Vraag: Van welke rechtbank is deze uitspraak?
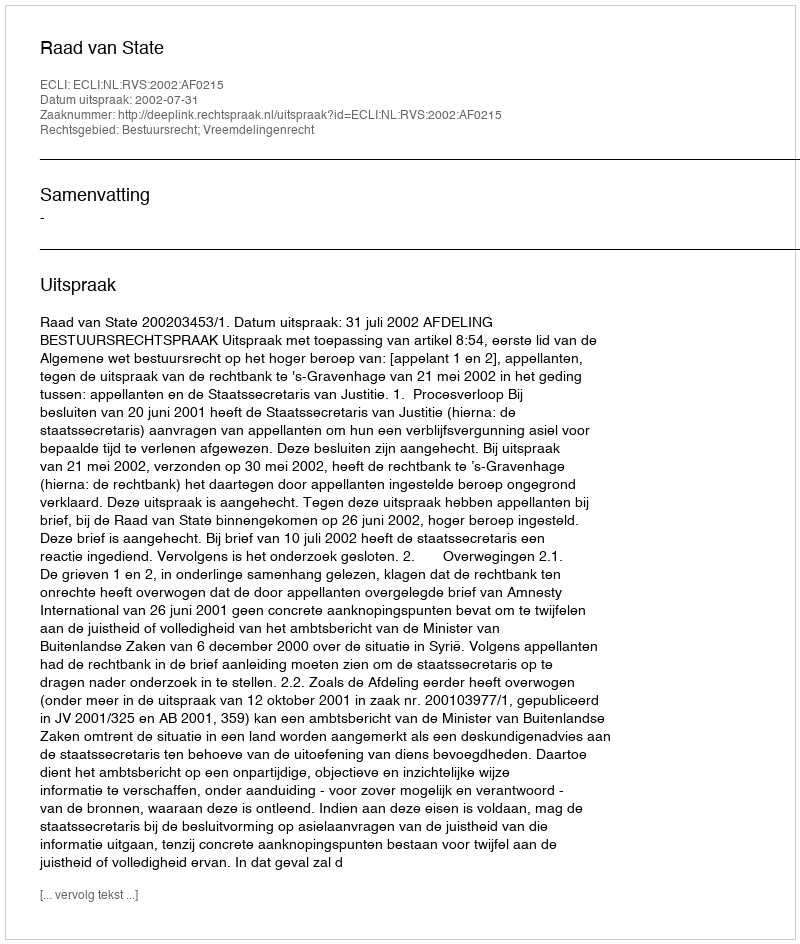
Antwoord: Raad van State